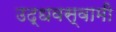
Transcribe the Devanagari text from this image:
उद्धवस्वामी